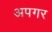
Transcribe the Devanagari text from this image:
अपगर